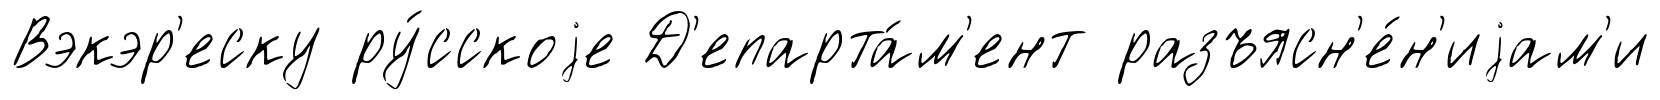
Вэкэр'еску ру́сскоjе Д'епарта́м'ент разъясн'е́н'иjам'и